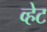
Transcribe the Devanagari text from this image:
व्हेट